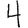
Digit: 4